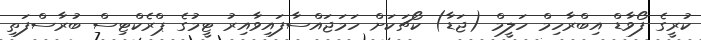
ކުރީގެ ފޯވާޑް އިބްރާހިމް ހަލީމް (ޖަޑާ) ކޯޗަކަށް ހަމަޖައްސާފައިވާއިރު ޓީމުގެ ޕްރެކްޓިސް ބުރާސްފަތި